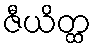
ဇီယိတ္ထ